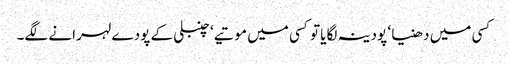
کسی میں دھنیا ‘ پودینہ لگایا تو کسی میں موتیے ‘ چنبلی کے پودے لہرانے لگے۔